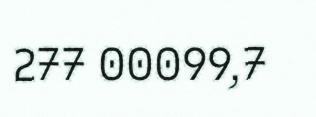
277 00099,7